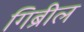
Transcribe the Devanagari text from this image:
गिब्रील